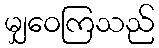
မျှဝေကြသည်